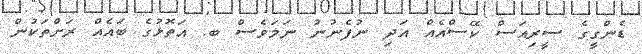
ޑެންގީގެ ސީރިއަސް ކޭސްއެއް އަދި ނުފެނުނު ނަމަވެސް ބ. އަތޮޅުގެ ބައެއް ރަށްތަކުން